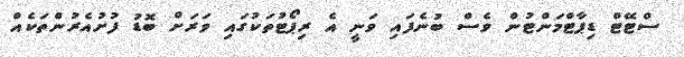
ސްޓޭޓް ޑިޕާޓްމަންޓުން ވެސް ބުނެފައި ވަނީ އެ ރިޕޯޓުތަކުގައި ވަރަށް ބޮޑު ފުށުއެރުންތަކެއް